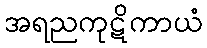
အရညကုဋိကာယံ